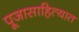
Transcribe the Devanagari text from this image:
पूजासाहित्यात